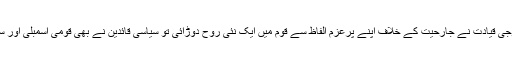
بھارتی اشتعال انگیزیوں کے جواب میں پوری پاکستانی قوم نے اتحاد کا بے مثال مظاہرہ کیا، فوجی قیادت نے جارحیت کے خلاف اپنے پُرعزم الفاظ سے قوم میں ایک نئی روح دوڑائی تو سیاسی قائدین نے بھی قومی اسمبلی اور سینیٹ میں احتجاجی قراردادیں منظور کرتے ہوئے دُنیا کو بھارتی جارحیت کی طرف متوجہ کیا۔